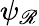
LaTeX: \psi_{\mathscr{R}}